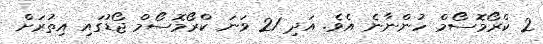
2 ކްރޯމޮސޯމް ހުންނާނެ އެވެ. އަދި 21 ވަނަ ކްރޯމޮސޯމް ޖޯޑުގައި އިތުރަށް